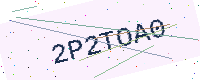
Text: 2P2TOA0